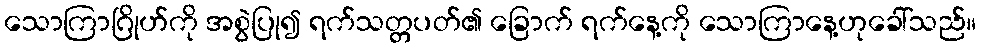
သောကြာဂြိုဟ်ကို အစွဲပြု၍ ရက်သတ္တပတ်၏ ခြောက် ရက်နေ့ကို သောကြာနေ့ဟုခေါ်သည်။